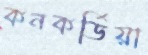
কনকর্ডিয়া